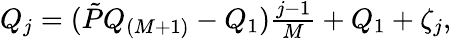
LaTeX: \begin{array}{r}{Q_{j}=(\tilde{P}Q_{(M+1)}-Q_{1})\frac{j-1}{M}+Q_{1}+\zeta_{j},}\end{array}